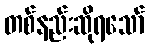
တစ်နည်းဆိုရသော်